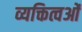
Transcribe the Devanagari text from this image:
व्यक्तित्वओं